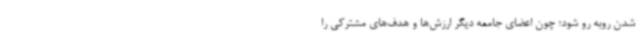
شدن روبه رو شود؛ چون اعضای جامعه دیگر ارزش‌ها و هدف‌های مشترکی را